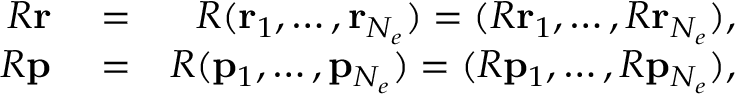
\begin{array} { r l r } { R { \mathbf { r } } } & { { } = } & { R ( { \mathbf { r } } _ { 1 } , \ldots , { \mathbf { r } } _ { N _ { e } } ) = ( R { \mathbf { r } } _ { 1 } , \ldots , R { \mathbf { r } } _ { N _ { e } } ) , } \\ { R { \mathbf { p } } } & { { } = } & { R ( { \mathbf { p } } _ { 1 } , \ldots , { \mathbf { p } } _ { N _ { e } } ) = ( R { \mathbf { p } } _ { 1 } , \ldots , R { \mathbf { p } } _ { N _ { e } } ) , } \end{array}